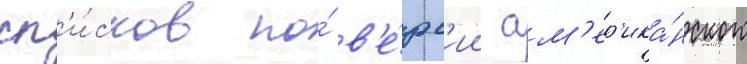
сп'и́сков по́ в'е́рс'ии ам'ер'ика́нского